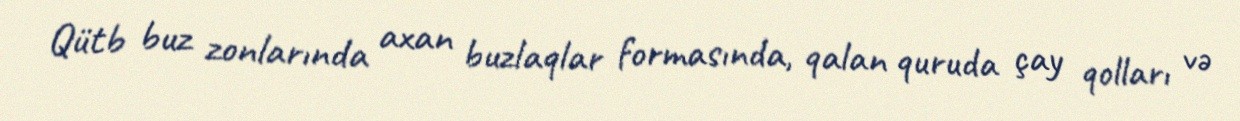
Qütb buz zonlarında axan buzlaqlar formasında, qalan quruda çay qolları və